Civil Veterinary Dept. Assam report 1927-50 - 1927-1950
Year: 1927
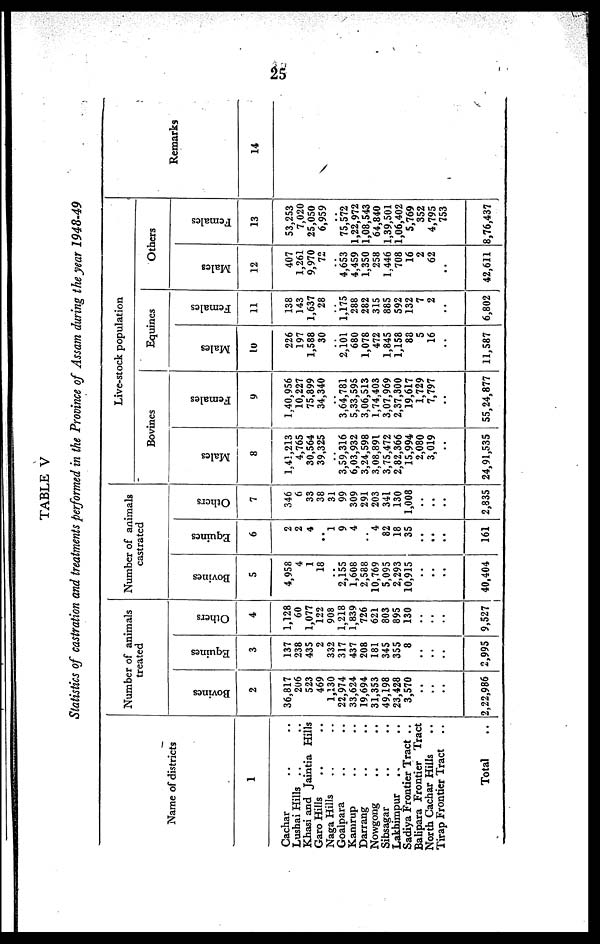
25
TABLE V
Statistics of castration and treatments performed in the Province of Assam during the year 1948-49
Name of districts
1
Cachar .. ..
Lushai Hills .. ..
Khasi and Jaintia Hills
Garo Hills .. ..
Naga Hills .. ..
Goalpara .. ..
Kanirup .. ..
Darrang .. ..
Nowgong .. ..
Sibsagar .. ..
Lakhirapur .. ..
Sadiya Frontier Tract ..
Balipara Frontier Tract
North Cachar Hills ..
Tirap Frontier Tract ..
Total ..
Number of animals
treated
Bovines
2
36,817
206
523
469
1,130
22,974
33,624
19,694
31,353
49,198
23,428
3,570
..
..
..
2,22,986
Equines
3
137
238
435
2
332
317
437
208
181
345
355
8
..
..
..
2,995
Others
4
1,128
60
1,077
122
908
1,218
1,839
726
621
803
895
130
..
..
..
9,527
Number of animals
castrated
Bovines
5
4,958
4
1
18
..
2,155
1,608
2,588
10,769
5,095
2,293
10,915
..
..
..
40,404
Equines
6
2
2
4
..
1
9
4
..
4
82
18
35
..
..
..
161
Others
7
346
6
33
38
31
99
309
291
203
341
130
1,008
..
..
..
2,835
Live-stock population
Bovines
Males
8
1.41,213
4,765
30,564
39,325
..
3,59,316
6,03,932
3,24,598
3,08,891
3,75,472
2,82,366
15,994
2,080
3,019
..
24,91,535
Females
9
1,40,956
10,227
75,899
34,340
..
3,64,781
5,33,595
3,06,513
1,74,403
3,07,969
2,37,300
19,617
1,729
7,797
..
55,24,877
Equines
Males
10
226
197
1,588
30
..
2,101
680
1,078
472
1,845
1,158
88
5
16
..
11,587
Females
11
138
143
1,637
28
..
1.175
288
282
315
885
592
132
7
2
..
6,802
other
Males
12
407
1,261
9,970
72
..
4,653
4,459
1,350
258
1,446
708
16
2
62
..
42,611
Females
13
53,253
7,020
25,050
6,959
..
75,572
1,22,972
1,08,543
64,840
1,39,501
1,06,402
5,769
352
4,795
753
8,76,437
Remarks
14